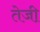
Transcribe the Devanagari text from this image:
तेजी़